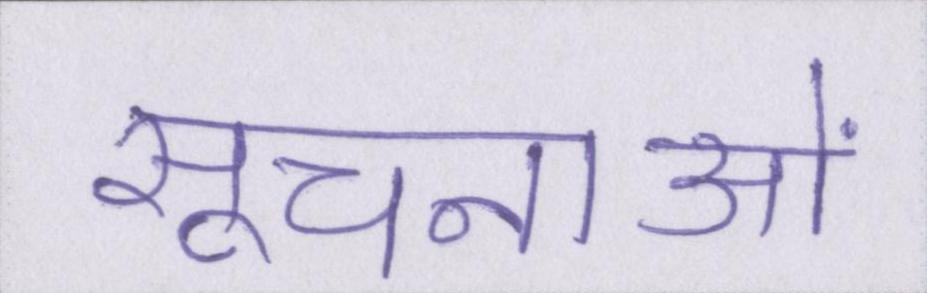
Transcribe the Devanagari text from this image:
सूचनाओं